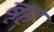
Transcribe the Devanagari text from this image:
बृह्